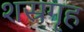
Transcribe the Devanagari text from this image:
शस्रगृह